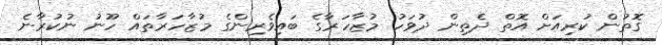
ގޮތުން ކުރިއަށް އޮތް ދެތިން ދުވަހު މުޒާހަރާގެ ބައިވެރިންގެ މުޒާހަރާތައް ހޫނު ނުކުރާނެ